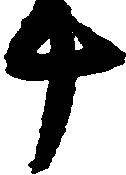
十